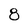
Character: 8